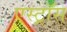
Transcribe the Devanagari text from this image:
एस्ट्रॉस